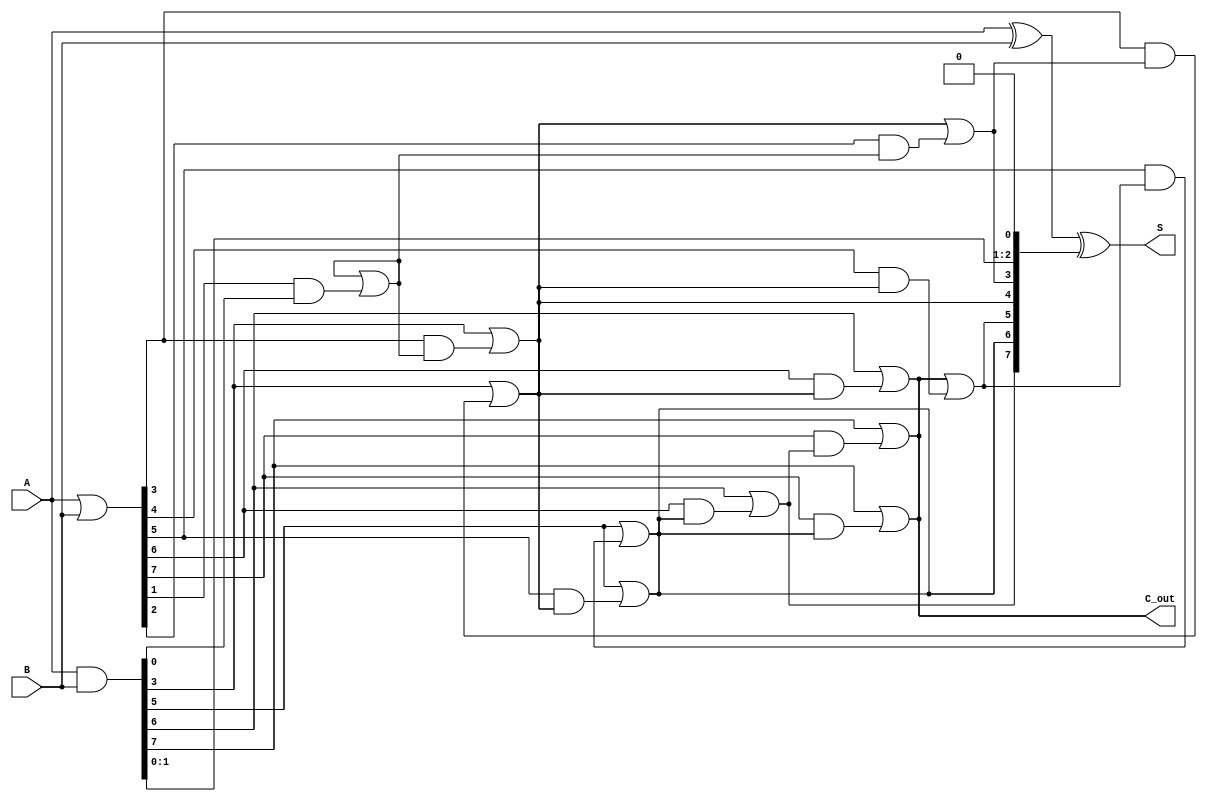
module brent_kung_adder #(parameter N = 8) (
    input  [N-1:0] A,
    input  [N-1:0] B,
    output [N-1:0] S,
    output         C_out
);

    // Generate and Propagate signals
    wire [N-1:0] G; // Generate
    wire [N-1:0] P; // Propagate
    wire [N:0] C;   // Carry

    // Generate and Propagate calculations
    assign G = A & B;
    assign P = A | B;

    // Initial carry
    assign C[0] = 1'b0; // C[0] is the carry-in, typically 0

    // Carry computation using Brent-Kung structure
    genvar i, j, k;
    generate
        // Stage 1: Local carries
        for (i = 0; i < N; i = i + 1) begin : local_carry
            assign C[i+1] = G[i] | (P[i] & C[i]);
        end

        // Stage 2: Hierarchical carry computation
        for (k = 1; k <= $clog2(N); k = k + 1) begin : hierarchical_carry
            for (j = 0; j < N; j = j + (1 << k)) begin : carry_stage
                if (j + (1 << (k-1)) < N) begin
                    assign C[j + (1 << k)] = G[j + (1 << (k-1))] | (P[j + (1 << (k-1))] & C[j]);
                end
            end
        end
    endgenerate

    // Sum calculation
    assign S = A ^ B ^ C[N-1:0];
    assign C_out = C[N];

endmodule